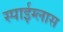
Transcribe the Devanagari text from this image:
स्पाईग्लास